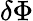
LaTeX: \delta\Phi